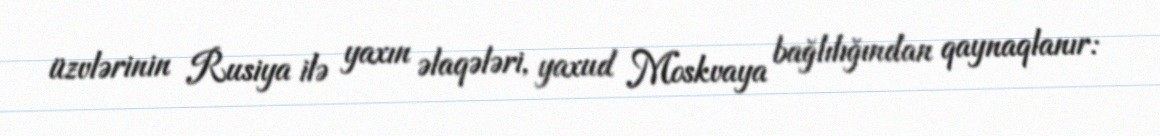
üzvlərinin Rusiya ilə yaxın əlaqələri, yaxud Moskvaya bağlılığından qaynaqlanır: